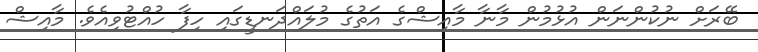
ބޭރަށް ނުކުންނަން އުޅުމުން މާނާ މާއިޝްގެ އަތުގެ މުލައްދަނޑީގައި ހިފާ ހުއްޓުވިއެވެ. މާއިޝް